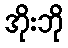
အိုးဘို